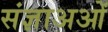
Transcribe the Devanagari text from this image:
संज्ञाअओं